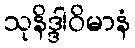
သုနိဒ္ဒါဝိမာနံ